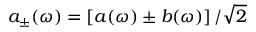
a _ { \pm } ( \omega ) = \left[ a ( \omega ) \pm b ( \omega ) \right] / \sqrt { 2 }